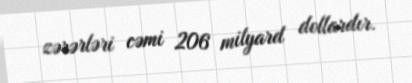
zərərləri cəmi 206 milyard dollardır.